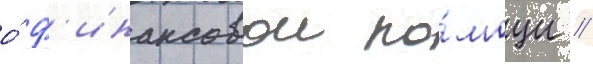
о́ ф'инансовои по́мощи /